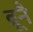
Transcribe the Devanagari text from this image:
ब्रूनै